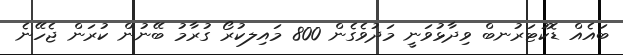
ބައެއް ޑޮކުޓަރުނބް ވިދާޅުވަނީ މަދުވެގެން 800 މައިލކުރޯ ގުރާމު ބޭނުން ކުރަން ޖެހޭނެ